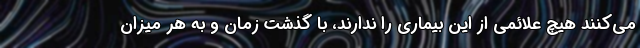
می‌کنند هیچ علائمی از این بیماری را ندارند، با گذشت زمان و به هر میزان